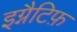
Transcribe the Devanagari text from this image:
इग्नैटिफ़